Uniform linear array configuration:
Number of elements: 48
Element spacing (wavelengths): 0.25
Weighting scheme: exponential
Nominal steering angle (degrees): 15
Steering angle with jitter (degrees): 16.287
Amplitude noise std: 0.05
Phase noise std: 0.05

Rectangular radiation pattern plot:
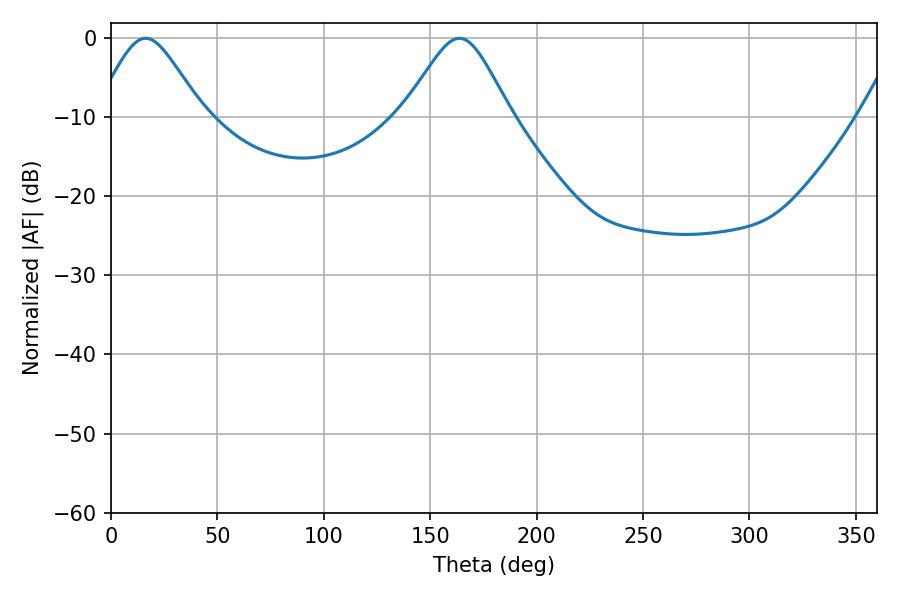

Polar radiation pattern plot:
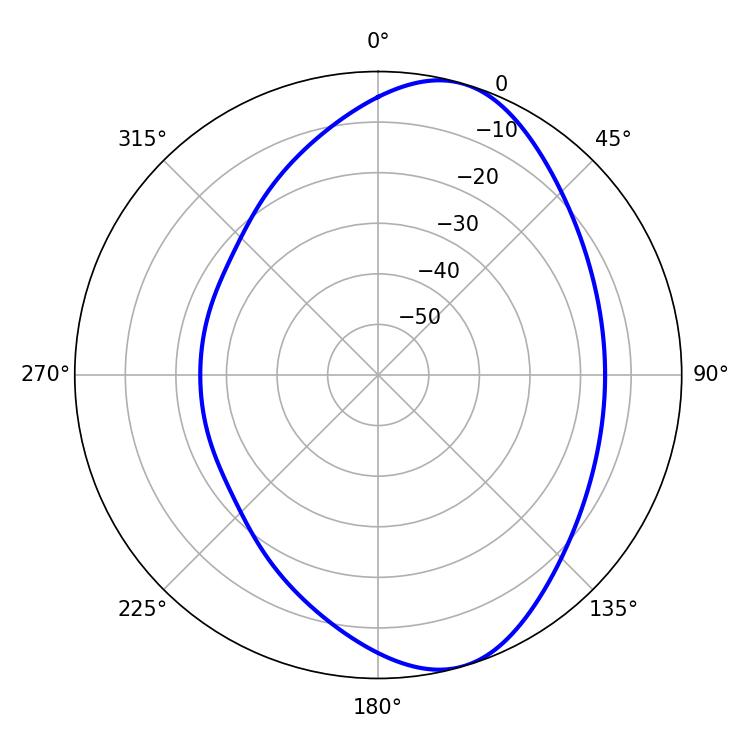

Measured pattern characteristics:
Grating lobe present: FALSE
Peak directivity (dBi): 7.786
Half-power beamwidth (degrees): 24.48
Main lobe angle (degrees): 16.2